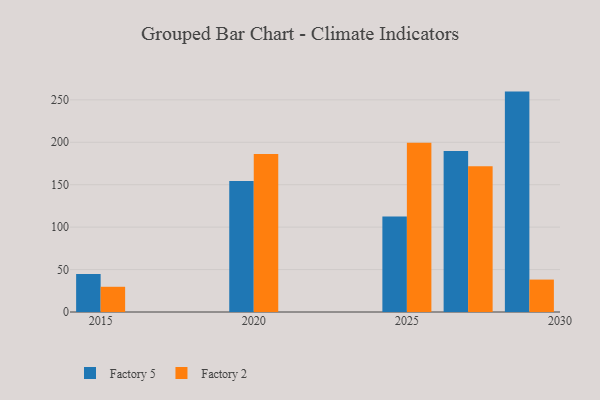
{"axis": {"x": "Year", "y": "Inventory Turnover"}, "legend": ["Factory 2", "Factory 5"], "data": [{"x": "2027", "y": 189.7, "type": "Factory 5"}, {"x": "2027", "y": 171.6, "type": "Factory 2"}, {"x": "2029", "y": 259.7, "type": "Factory 5"}, {"x": "2029", "y": 38.2, "type": "Factory 2"}, {"x": "2025", "y": 112.5, "type": "Factory 5"}, {"x": "2025", "y": 199.5, "type": "Factory 2"}, {"x": "2020", "y": 154.3, "type": "Factory 5"}, {"x": "2020", "y": 186.1, "type": "Factory 2"}, {"x": "2015", "y": 44.7, "type": "Factory 5"}, {"x": "2015", "y": 29.7, "type": "Factory 2"}]}